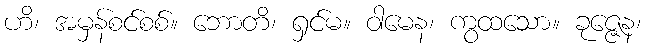
ဟိ၊ အမှန်စင်စစ်။ ဘောတိ၊ ရှင်မ။ ဝါမေန၊ ကွထသော။ ခုဇ္ဇေန၊